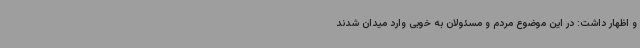
و اظهار داشت: در این موضوع مردم و مسئولان به خوبی وارد میدان شدند